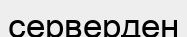
серверден